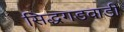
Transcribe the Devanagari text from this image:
सिद्धगडवाडी